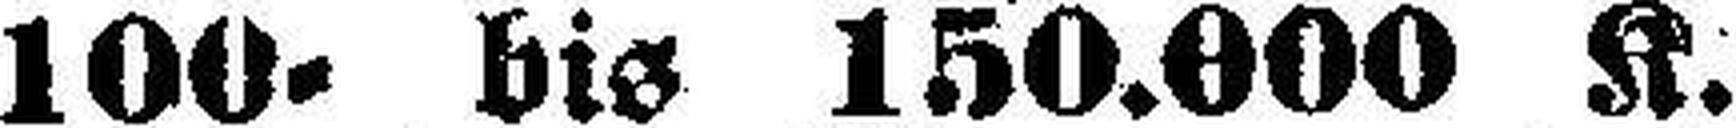
100= bis 150.000 K.